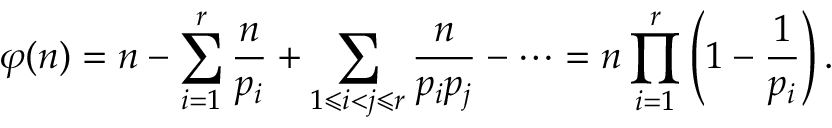
\varphi ( n ) = n - \sum _ { i = 1 } ^ { r } { \frac { n } { p _ { i } } } + \sum _ { 1 \leqslant i < j \leqslant r } { \frac { n } { p _ { i } p _ { j } } } - \cdots = n \prod _ { i = 1 } ^ { r } \left( 1 - { \frac { 1 } { p _ { i } } } \right) .